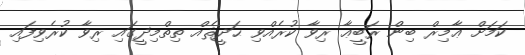
ކަމަށް ޢާމިރް ބިން ރަބީޢާ ރިވާ ކުރެއްވި ޙަދީޘެއް ތިތްމިޛީގައި ރިވާ ކުރެވިފައި